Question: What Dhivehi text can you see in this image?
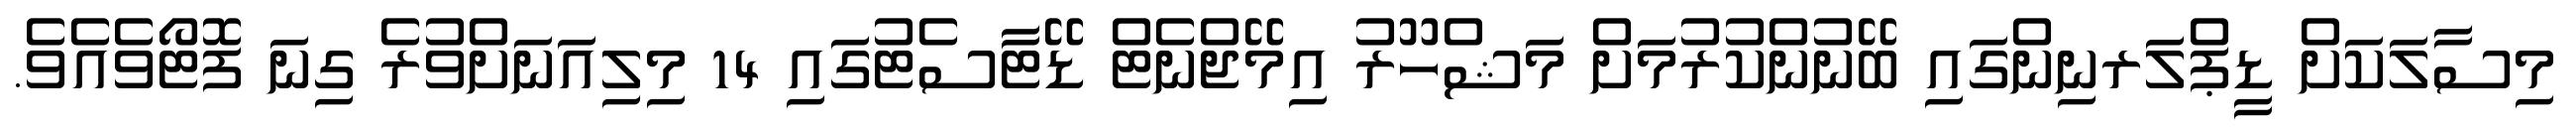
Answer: މިސާލަކަށް ޑީޕްލަރނިންގައި ބޭނުންކުރުމަށް މަޝްހޫރު އިމޭޖްނެޓް ޑޭޓާސެޓުގައި 14 މިލިއަނަށްވުރެ ގިނަ ފޮޓޯވެއެވެ.